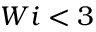
W i < 3